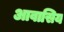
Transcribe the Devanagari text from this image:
आवासिय